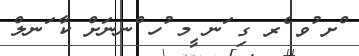
ްށ ުވ ެރ ގި ަނ ީމ ުހ ްނނަށް ކާ ަނލް